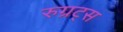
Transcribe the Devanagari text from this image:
रुग्रट्स